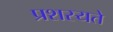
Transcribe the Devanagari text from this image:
प्रशस्यते